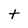
Character: t